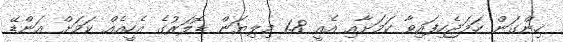
ހިންގަން ހަމަޖެހިފައިވާ ކަމަށާއި އެއީ 1.8 މިލިޔަން ޑޮލަރުގެ އެހީއެއް ކަމަށް އަންޑޭ